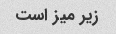
زیر میز است